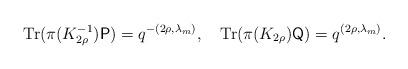
LaTeX: \begin{align*}\mathrm{Tr}(\pi(K_{2\rho}^{-1})\mathsf{P})=q^{-(2\rho,\lambda_{m})},\quad\mathrm{Tr}(\pi(K_{2\rho})\mathsf{Q})=q^{(2\rho,\lambda_{m})}.\end{align*}